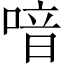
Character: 喑